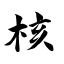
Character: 核